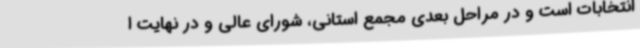
انتخابات است و در مراحل بعدی مجمع استانی، شورای عالی و در نهایت ا